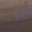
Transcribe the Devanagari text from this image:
हरैं